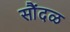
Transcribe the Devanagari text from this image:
सौंदळ